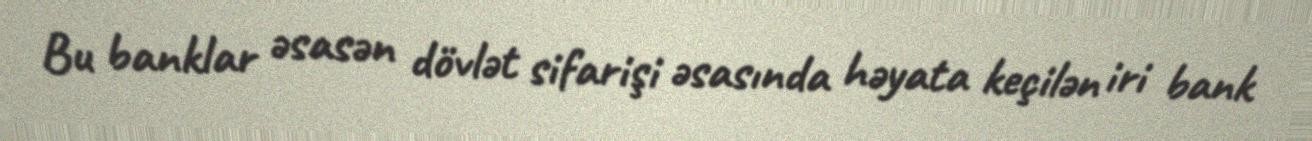
Bu banklar əsasən dövlət sifarişi əsasında həyata keçilən iri bank